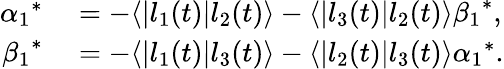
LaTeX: \begin{array}{rl}{{\alpha_{1}}^{\ast}}&{{}=-\langle|l_{1}(t)|l_{2}(t)\rangle-\langle|l_{3}(t)|l_{2}(t)\rangle{\beta_{1}}^{\ast},}\\ {{\beta_{1}}^{\ast}}&{{}=-\langle|l_{1}(t)|l_{3}(t)\rangle-\langle|l_{2}(t)|l_{3}(t)\rangle{\alpha_{1}}^{\ast}.}\end{array}